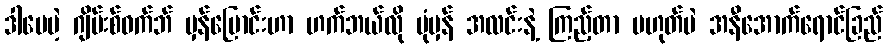
ဒါပေမဲ့ ဂျိမ်းစ်ဝက်ဘ် မှန်ပြောင်းဟာ ဟက်ဘယ်လို ပုံမှန် အလင်းနဲ့ ကြည့်တာ မဟုတ်ပဲ အနီအောက်ရောင်ခြည်